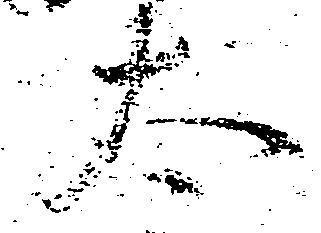
太